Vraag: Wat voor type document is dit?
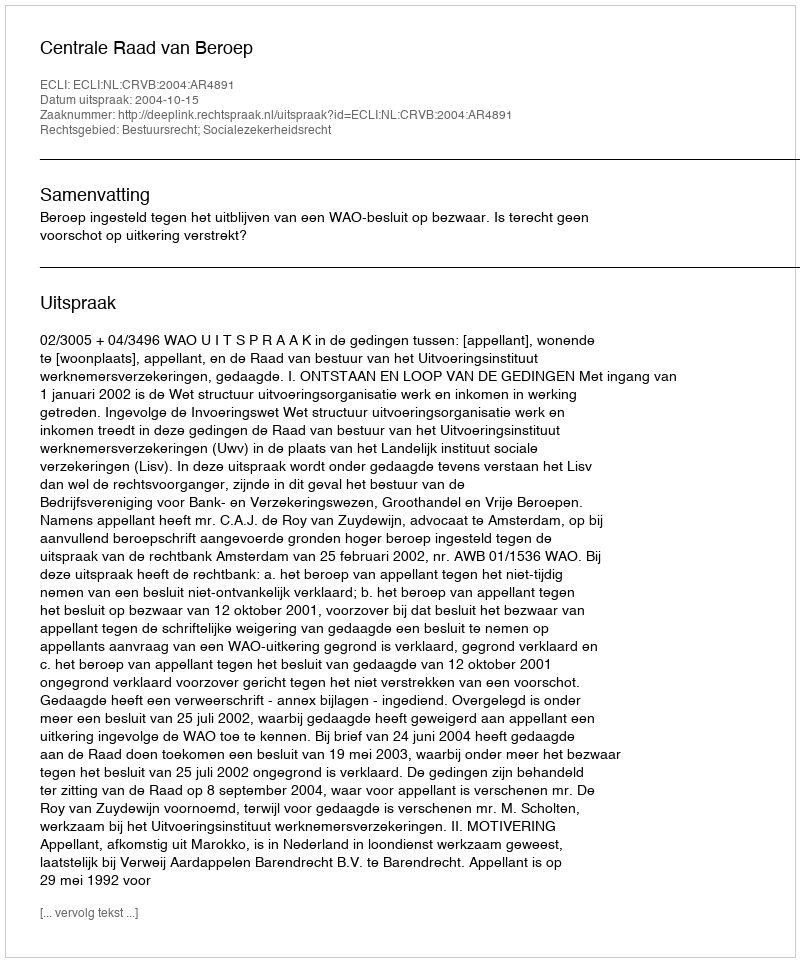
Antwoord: Uitspraak